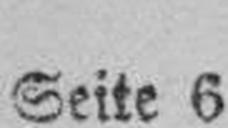
Seite 6